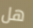
هل